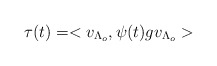
\begin{align*}\tau (t) = <v_{\Lambda_o}, \psi (t) g v_{\Lambda_o} >\end{align*}